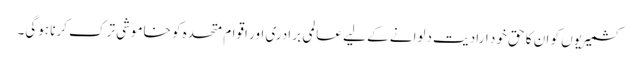
کشمیریوں کو ان کا حق خود ارادیت دلوانے کے لیے عالمی برادری اور اقوام متحدہ کو خاموشی ترک کرنا ہوگی۔